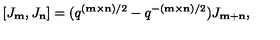
[ J _ { \bf m } , J _ { \bf n } ] = ( q ^ { ( { \bf m } \times { \bf n } ) / 2 } - q ^ { - ( { \bf m } \times { \bf n } ) / 2 } ) J _ { { \bf m } + { \bf n } } ,